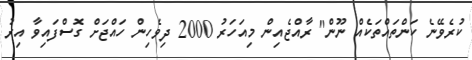
ކުރެވޭނެ ކަންތައްތަކެއް ނޫން" ރާއްޖެއިން މިއަހަރު 2000 ދިވެހިން ހައްޖަށް ގޮސްފައިވާ އިރު